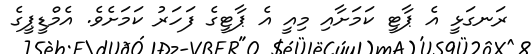
ރަނގަޅީ އެ ޕާޓީ ކަމަށާއި މިއީ އެ ޕާޓީގެ ފަހަރު ކަމަށެވެ. އެމްޑީޕީގެ